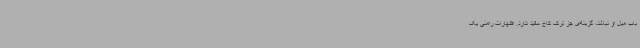
باب میل او نباشد، گزینه‌ای جز ترک کاخ سفید ندارد. اظهارات رامنی یک